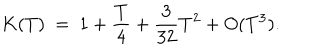
K ( T ) ~ = ~ 1 + { \frac { T } { 4 } } + { \frac { 3 } { 3 2 } } T ^ { 2 } + O ( T ^ { 3 } ) .